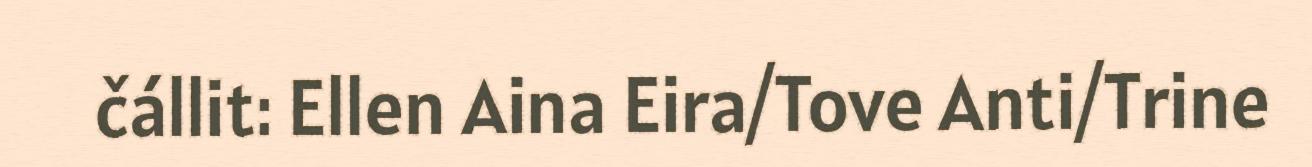
čállit: Ellen Aina Eira/Tove Anti/Trine